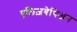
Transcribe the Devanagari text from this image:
एलिज़बेथिअन